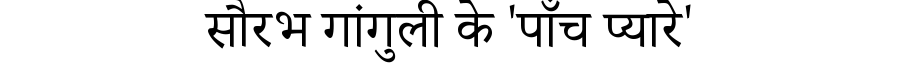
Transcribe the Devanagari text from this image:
सौरभ गांगुली के 'पाँच प्यारे'